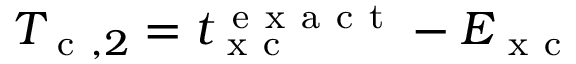
T _ { \mathrm { ~ c ~ } , 2 } = t _ { \mathrm { ~ x ~ c ~ } } ^ { \mathrm { ~ e ~ x ~ a ~ c ~ t ~ } } - E _ { \mathrm { ~ x ~ c ~ } }